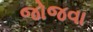
જોજવા